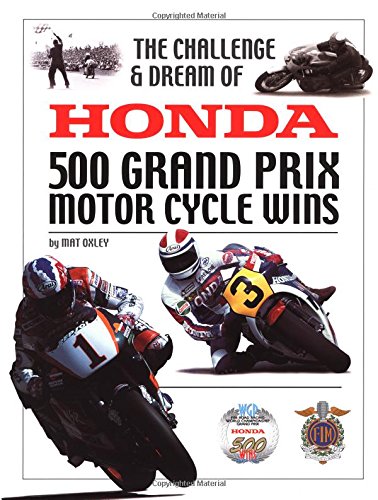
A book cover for The Challenge and Dream of Honda: 500 GP Motorcycle Wins; Mat Oxley; Sports & Outdoors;